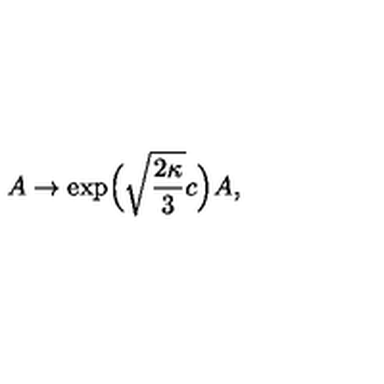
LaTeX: A \to \exp \! \Big ( \sqrt { \frac { 2 \kappa } { 3 } } c \Big ) A ,